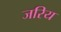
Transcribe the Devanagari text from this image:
जरिय